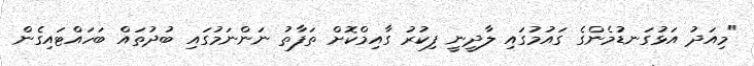
"މިއަދު އަޅުގަނޑުމެންގެ ގައުމުގައި ލާދީނީ ފިކުރު ގާއިމްކޮށް ތަފާތު ނަންނަމުގައި ބުދުތައް ބަހައްޓައިގެން